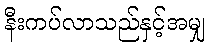
နီးကပ်လာသည်နှင့်အမျှ